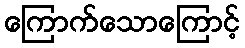
ကြောက်သောကြောင့်